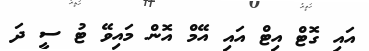
އައި ގޮޓް އިޓް އައި އޭމް އޮން މައިވޭ ޓު ސީ ދަ